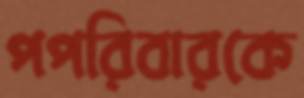
পপরিবারকে